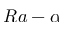
R a - \alpha